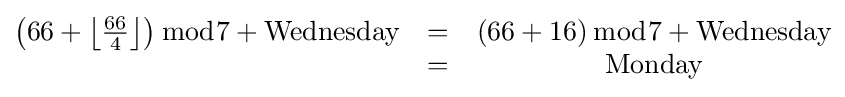
{\begin{matrix}\left({66+\left\lfloor {\frac {66}{4}}\right\rfloor }\right){\bmod {7}}+{\rm {Wednesday}}&=&\left(66+16\right){\bmod {7}}+{\rm {Wednesday}}\\\ &=&{\rm {Monday}}\end{matrix}}